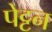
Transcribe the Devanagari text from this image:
पेट्टन